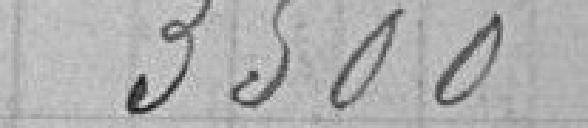
3500